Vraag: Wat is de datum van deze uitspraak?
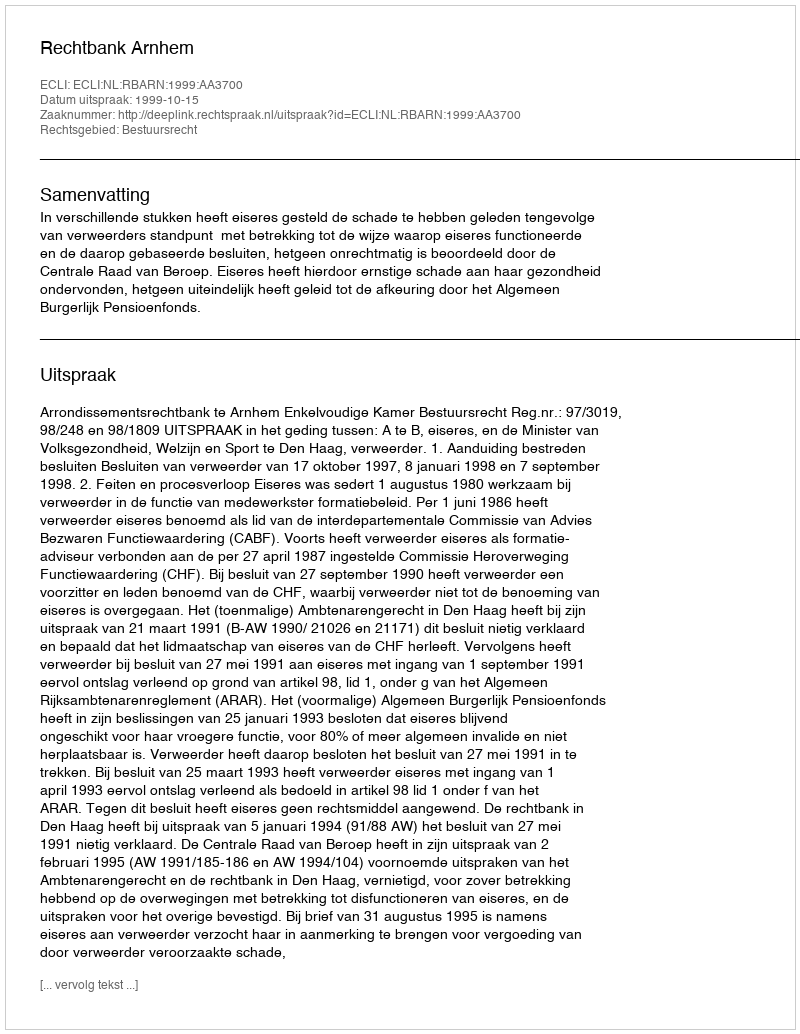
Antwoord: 1999-10-15